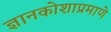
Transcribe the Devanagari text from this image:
ज्ञानकोशाप्रमाणे